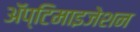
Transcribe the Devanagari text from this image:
ॲप्टिमाइजेशन